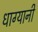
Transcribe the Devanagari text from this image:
धाग्यानी